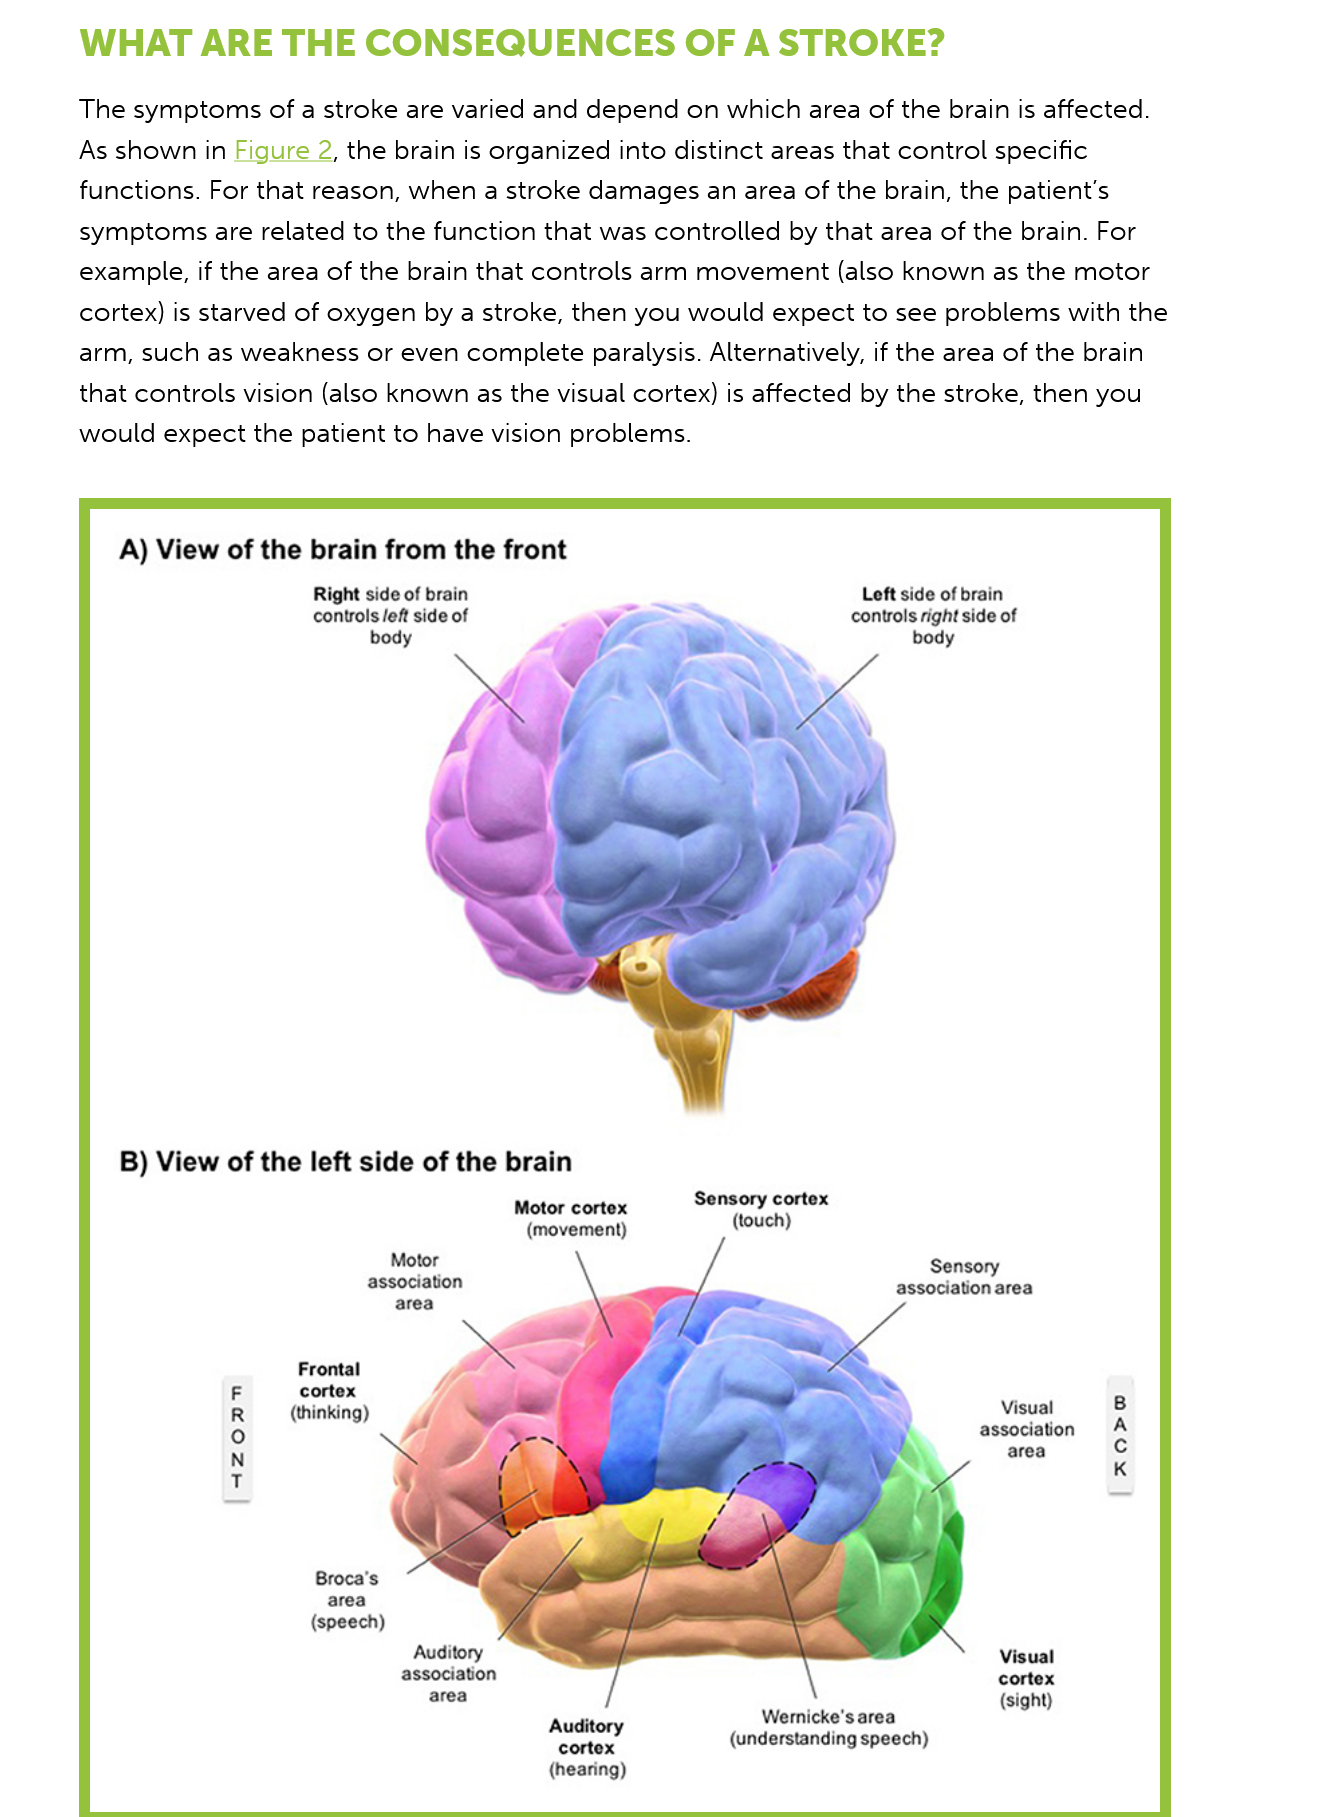
WHAT  ARE    THE   CONSEQUENCES    OF    A  STROKE?
     The symptoms of a stroke are varied and depend on which area of the brain is affected.
     As shown in Figure 2, the brain is organized into distinct areas that control specific
     functions. For that reason, when a stroke damages an area of the brain, the patient's
     symptoms are related to the function that was controlled by that area of the brain. For
     example, if the area of the brain that controls arm movement (also known as the motor
     cortex) is starved of oxygen by a stroke, then you would expect to see problems with the
     arm, such as weakness or even complete paralysis. Alternatively, if the area of the brain
     that controls vision (also known as the visual cortex) is affected by the stroke, then you
     would expect the patient to have vision problems.

     A) View of the brain from the front
     Right side of brain    Left side of brain
     controls right side of

     controls left side of
     body
     B) View of the left side of the brain
     Motor cortex
     (movement)
     Sensory cortex
     (touch)

     sol
     Sensory
     association
     \
     association area
     Frontal
     F    cortex
     <
     R   (thinking)
     f
     :
     Visual
     °
     association
     N
     area
     vw
     Broca’s
     area
     (speech)
     Auditory
     association
     area
     Visual
     cortex
     (sight)
     Auditory
     Wernicke's area
     cortex
     (understanding speech)
     (hearing)
     |
     xo>o